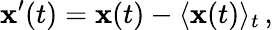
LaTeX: \mathbf{x^{\prime}}(t)=\mathbf{x}(t)-\langle\mathbf{x}(t)\rangle_{t}\, ,